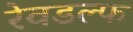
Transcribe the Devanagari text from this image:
रेवडल्फ